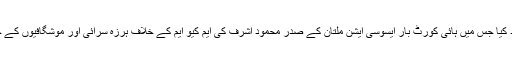
20دسمبر، 2012ءایم کیو ایم ملتان زون کے انچارج رائے خالد محمود نے ایک ہنگامی اجلاس منعقد کیا جس میں ہائی کورٹ بار ایسوسی ایشن ملتان کے صدر محمود اشرف کی ایم کیو ایم کے خلاف ہرزہ سرائی اور موشگافیوں کے جواب میں کہا کہ ایم کیو ایم آئین و قانون کی بالادستی اور عدلیہ کے احترام پر مکمل یقین رکھتی ہے۔